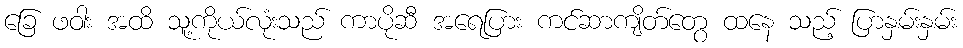
ခြေ ဖဝါး အထိ သူ့ကိုယ်လုံးသည် ကာပိုဆီ အရေပြား ကင်ဆာကျိတ်တွေ ထနေ သည့် ပြာနှမ်းနှမ်း